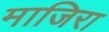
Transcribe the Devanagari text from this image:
माजिरा